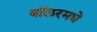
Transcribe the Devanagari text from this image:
बॉलरमधे